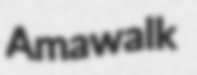
Amawalk